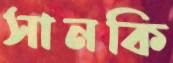
সানকি